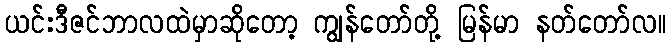
ယင်းဒီဇင်ဘာလထဲမှာဆိုတော့ ကျွန်တော်တို့ မြန်မာ နတ်တော်လ။